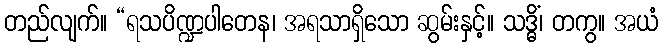
တည်လျက်။ “ရသပိဏ္ဍပါတေန၊ အရသာရှိသော ဆွမ်းနှင့်။ သဒ္ဓိံ၊ တကွ။ အယံ